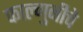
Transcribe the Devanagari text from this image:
फाल्गुनीचे